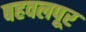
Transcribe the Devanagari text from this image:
बहवलपूर